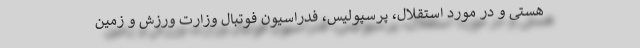
هستی و در مورد استقلال، پرسپولیس، فدراسیون فوتبال وزارت ورزش و زمین